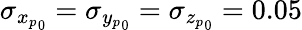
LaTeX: \sigma_{{x_{p}}_{0}}=\sigma_{{y_{p}}_{0}}=\sigma_{{z_{p}}_{0}}=0.05